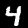
Label: 4